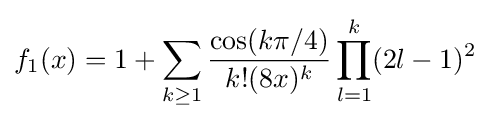
f_{1}(x)=1+\sum _{k\geq 1}{\frac {\cos(k\pi /4)}{k!(8x)^{k}}}\prod _{l=1}^{k}(2l-1)^{2}